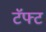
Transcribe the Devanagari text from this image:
टॅफ्ट